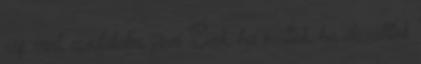
rég várt, csodálatos jövő Évek, ha múltok, ha elszálltok